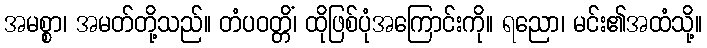
အမစ္စာ၊ အမတ်တို့သည်။ တံပဝတ္တိံ၊ ထိုဖြစ်ပုံအကြောင်းကို။ ရညော၊ မင်း၏အထံသို့။